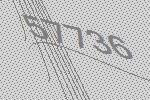
57736